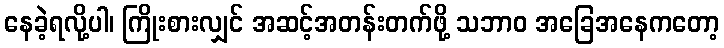
နေခဲ့ရလို့ပါ၊ ကြိုးစားလျှင် အဆင့်အတန်းတက်ဖို့ သဘာဝ အခြေအနေကတော့